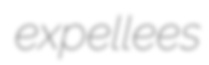
expellees